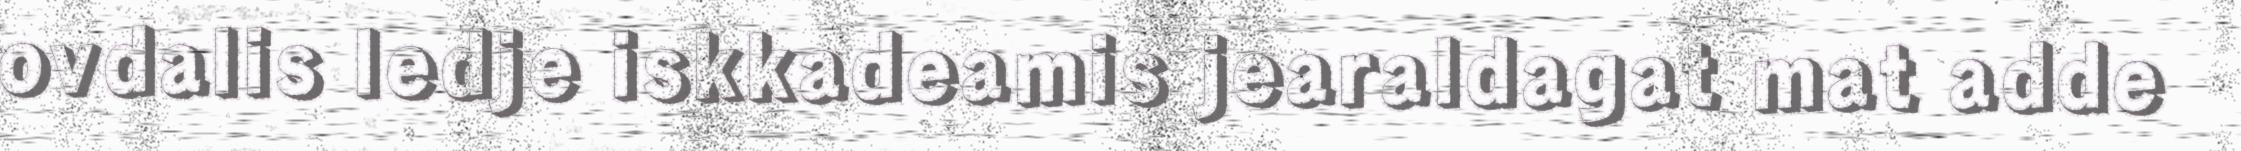
ovdalis ledje iskkadeamis jearaldagat mat adde